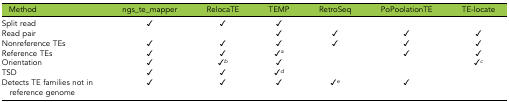
| Method | ngs_te_mapper | RelocaTE | TEMP | RetroSeq | PoPoolationTE | TE-locate |
 | --- | --- | --- | --- | --- | --- | --- |
 | Split read | ✓ | ✓ | ✓ |  |  |  |
 | Read pair |  |  | ✓ | ✓ | ✓ | ✓ |
 | Nonreference TEs | ✓ | ✓ | ✓ | ✓ | ✓ | ✓ |
 | Reference TEs | ✓ | ✓ | ✓a |  | ✓ | ✓ |
 | Orientation | ✓ | ✓b | ✓ |  |  | ✓c |
 | TSD | ✓ | ✓ | ✓d |  |  |  |
 | Detects TE families not in reference genome | ✓ | ✓ | ✓ | ✓e | ✓ |  |